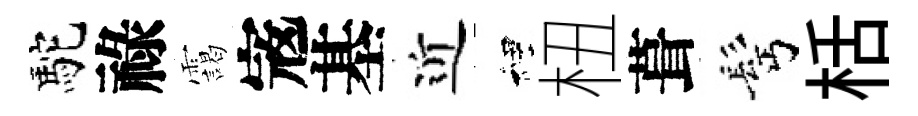
駝祿靄𡨥基近裡杻葺髩栝